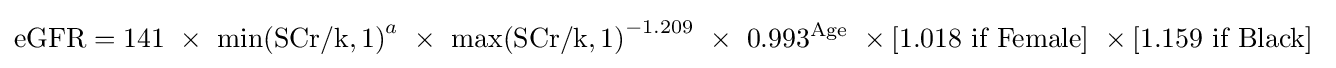
\mathrm {eGFR} =141\ \times \ \mathrm {\min(SCr/k,1)} ^{a}\ \times \ \mathrm {\max(SCr/k,1)} ^{-1.209}\ \times \ 0.993^{\text{Age}}\ \times {\text{[1.018 if Female]}}\ \times {\text{[1.159 if Black]}}\